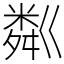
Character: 粼